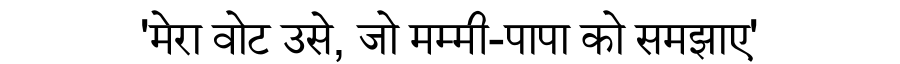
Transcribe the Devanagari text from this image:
'मेरा वोट उसे, जो मम्मी-पापा को समझाए'